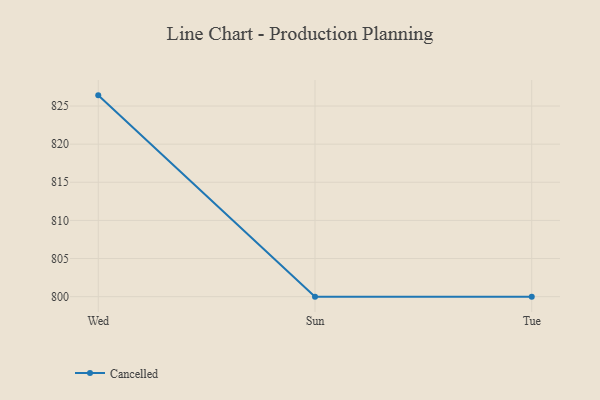
{"axis": {"x": "Day", "y": "Net Income (USD K)"}, "legend": ["Cancelled"], "data": [{"x": "Wed", "y": 826.4, "type": "Cancelled"}, {"x": "Sun", "y": 800, "type": "Cancelled"}, {"x": "Tue", "y": 800, "type": "Cancelled"}]}